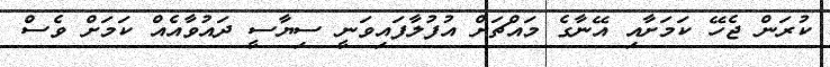
ކުރަން ޖެހޭ ކަމަށާއި އޭނާގެ މައްޗަށް އުފުލާފައިވަނީ ސިޔާސީ ދައުވާއެއް ކަމަށް ވެސް